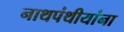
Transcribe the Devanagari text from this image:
नाथपंथीयांना